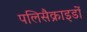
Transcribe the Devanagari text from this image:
पलिसैक्राइडों